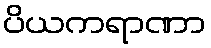
ပိယကရာဏာ